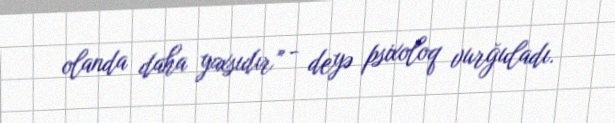
olanda daha yaxsıdır” - deyə psixoloq vurğuladı.